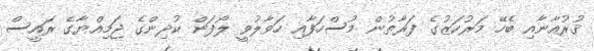
ޤުރުއާނާއި ބެހޭ މަރުކަޒުގެ ފަރާތުން މުސްހަފާއި ހަވާލުވީ ލޯފަން ކުދިންގެ ޖަމިއްޔާގެ ރައީސް